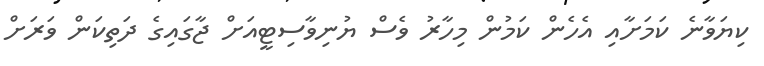
ކިޔަވާނެ ކަމަށާއި އެހެން ކަމުން މިހާރު ވެސް ޔުނިވާސިޓީއަށް ޖާގައިގެ ދަތިކަން ވަރަށް